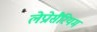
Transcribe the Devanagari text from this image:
लेप्रोसैरियम